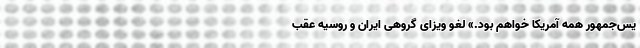
یس‌جمهور همه آمریکا خواهم بود.» لغو ویزای گروهی ایران و روسیه عقب